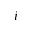
i